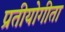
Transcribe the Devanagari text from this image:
प्रतीयोगीता